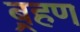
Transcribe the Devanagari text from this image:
ब़्रहण